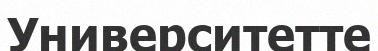
Университетте